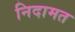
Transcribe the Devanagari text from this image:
निदामत